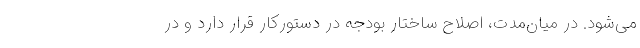
می‌شود. در میان‌مدت، اصلاح ساختار بودجه در دستورکار قرار دارد و در